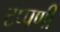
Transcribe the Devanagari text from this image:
टप्पणी